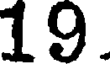
19.